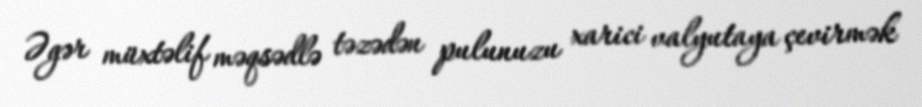
Əgər müxtəlif məqsədlə təzədən pulunuzu xarici valyutaya çevirmək